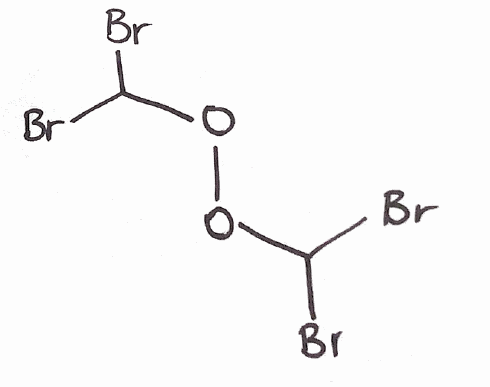
Simplified molecular-input line-entry system (SMILES) notation of the given molecule:
C(OOC(Br)Br)(Br)Br